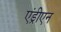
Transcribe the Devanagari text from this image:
एंड्रीएन